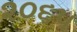
૨૦૬૫